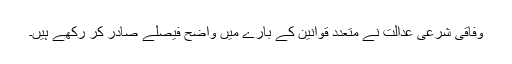
وفاقی شرعی عدالت نے متعدد قوانین کے بارے میں واضح فیصلے صادر کر رکھے ہیں۔